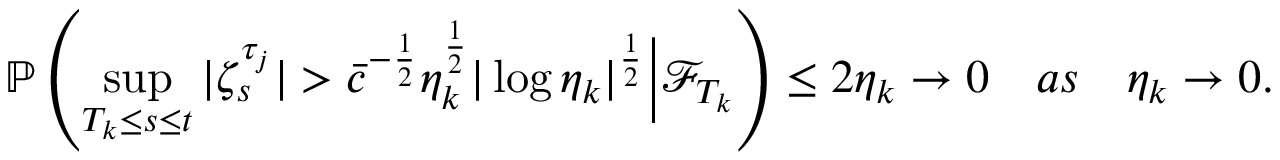
\mathbb { P } \left( \operatorname* { s u p } _ { T _ { k } \leq s \leq t } | \zeta _ { s } ^ { \tau _ { j } } | > \bar { c } ^ { - \frac { 1 } { 2 } } \eta _ { k } ^ { \frac { 1 } { 2 } } | \log \eta _ { k } | ^ { \frac { 1 } { 2 } } \Big | \mathcal { F } _ { T _ { k } } \right) \leq 2 \eta _ { k } \rightarrow 0 \quad a s \quad \eta _ { k } \rightarrow 0 .